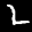
Label: 2